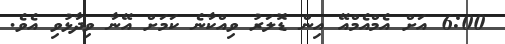
6:00 އަށް އެމްއެމްއޭ އިން ޑޮލަރު ވިއްކާނެ ކަމަށް އޭނާ ވިދާޅުވި އެވެ.